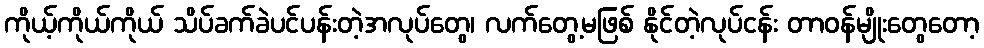
ကိုယ့်ကိုယ်ကိုယ် သိပ်ခက်ခဲပင်ပန်းတဲ့အလုပ်တွေ၊ လက်တွေ့မဖြစ် နိုင်တဲ့လုပ်ငန်း တာဝန်မျိုးတွေတော့